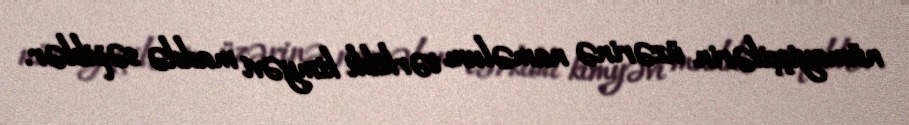
nümayişçilərin üzərinə naməlum tərkibli kimyəvi maddə səpiblər.